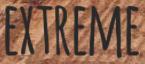
EXTREME